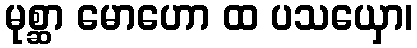
မုစ္ဆာ မောဟော ထ ပသယှော၊